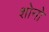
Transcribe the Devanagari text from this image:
शोनो